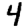
Digit: 4